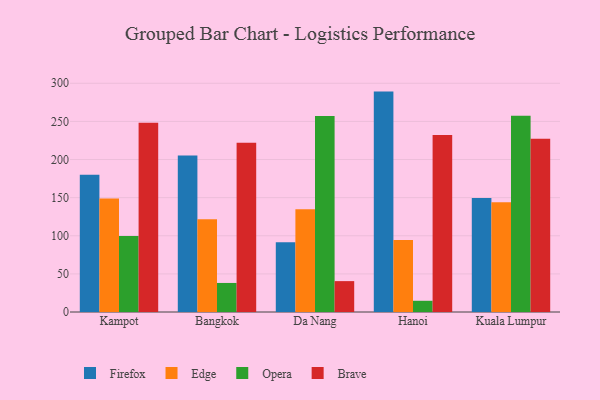
{"axis": {"x": "City", "y": "Waste Production (Tons)"}, "legend": ["Brave", "Edge", "Firefox", "Opera"], "data": [{"x": "Kampot", "y": 180.0, "type": "Firefox"}, {"x": "Kampot", "y": 148.9, "type": "Edge"}, {"x": "Kampot", "y": 99.8, "type": "Opera"}, {"x": "Kampot", "y": 248.1, "type": "Brave"}, {"x": "Bangkok", "y": 205.3, "type": "Firefox"}, {"x": "Bangkok", "y": 121.5, "type": "Edge"}, {"x": "Bangkok", "y": 38.1, "type": "Opera"}, {"x": "Bangkok", "y": 222.1, "type": "Brave"}, {"x": "Da Nang", "y": 91.5, "type": "Firefox"}, {"x": "Da Nang", "y": 134.9, "type": "Edge"}, {"x": "Da Nang", "y": 257.1, "type": "Opera"}, {"x": "Da Nang", "y": 40.5, "type": "Brave"}, {"x": "Hanoi", "y": 289.1, "type": "Firefox"}, {"x": "Hanoi", "y": 94.6, "type": "Edge"}, {"x": "Hanoi", "y": 14.7, "type": "Opera"}, {"x": "Hanoi", "y": 232.1, "type": "Brave"}, {"x": "Kuala Lumpur", "y": 149.5, "type": "Firefox"}, {"x": "Kuala Lumpur", "y": 143.8, "type": "Edge"}, {"x": "Kuala Lumpur", "y": 257.4, "type": "Opera"}, {"x": "Kuala Lumpur", "y": 227.4, "type": "Brave"}]}